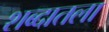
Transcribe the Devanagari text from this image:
शब्दातला